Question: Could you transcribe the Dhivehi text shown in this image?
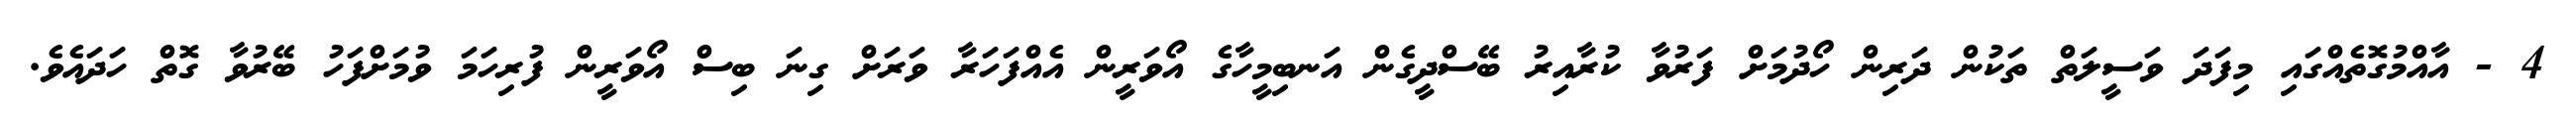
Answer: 4 - އާއްމުގޮތެއްގައި މިފަދަ ވަސީލަތް ތަކުން ދަރިން ހޯދުމަށް ފަރުވާ ކުރާއިރު ބޭސްދީގެން އަނބިމީހާގެ އޯވަރީން އެއްފަހަރާ ވަރަށް ގިނަ ބިސް އޯވަރީން ފުރިހަމަ ވުމަށްފަހު ބޭރުވާ ގޮތް ހަދައެވެ.